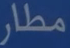
مطار